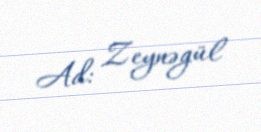
Ad: Zeynəgül